Notes on vaccination in the North-West Frontier Province 1923-1928 - 1923-1928
Year: 1923
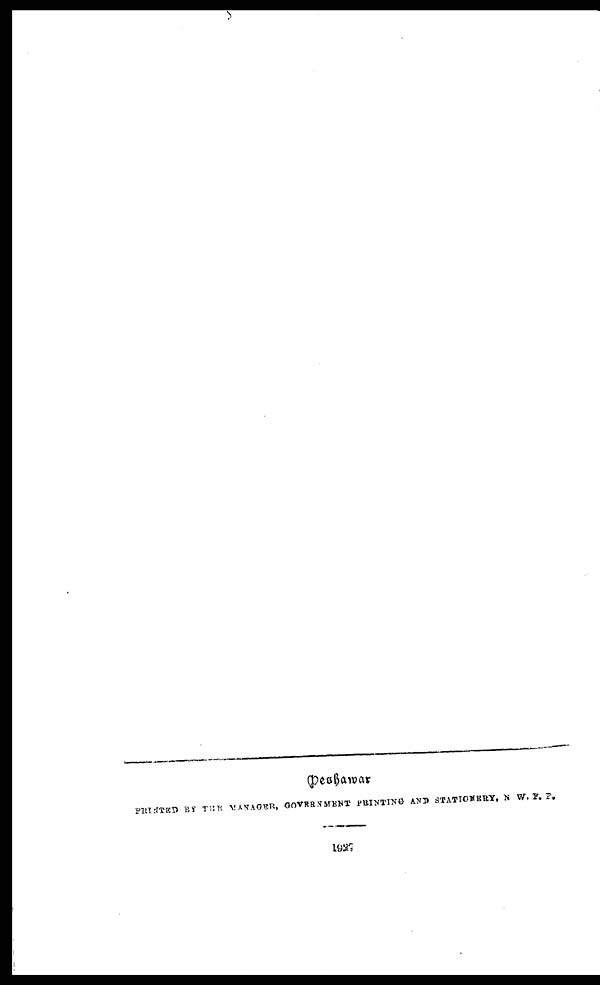
Peshawar
PRINTED BY THE MANAGER, GOVERNMENT PRINTING AND STATIONERY, N W. F. P.
1927